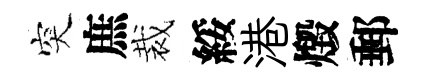
突庶裁綏港燬郵